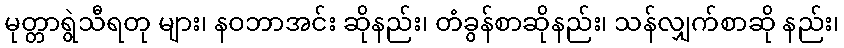
မုတ္တာရွဲသီရတု များ၊ နဝဘာအင်း ဆိုနည်း၊ တံခွန်စာဆိုနည်း၊ သန်လျှက်စာဆို နည်း၊